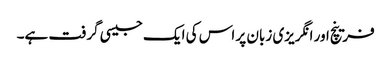
فرینچ اور انگریزی زبان پر اس کی ایک جیسی گرفت ہے۔